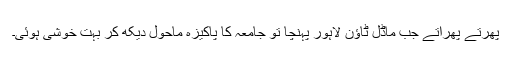
پھرتے پھراتے جب ماڈل ٹاؤن لاہور پہنچا تو جامعہ کا پاکیزہ ماحول دیکھ کر بہت خوشی ہوئی۔